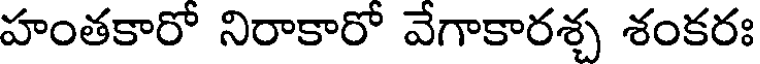
హంతకారో నిరాకారో వేగాకారశ్చ శంకరః